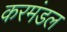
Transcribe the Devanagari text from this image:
करमंडल